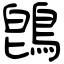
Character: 鵖